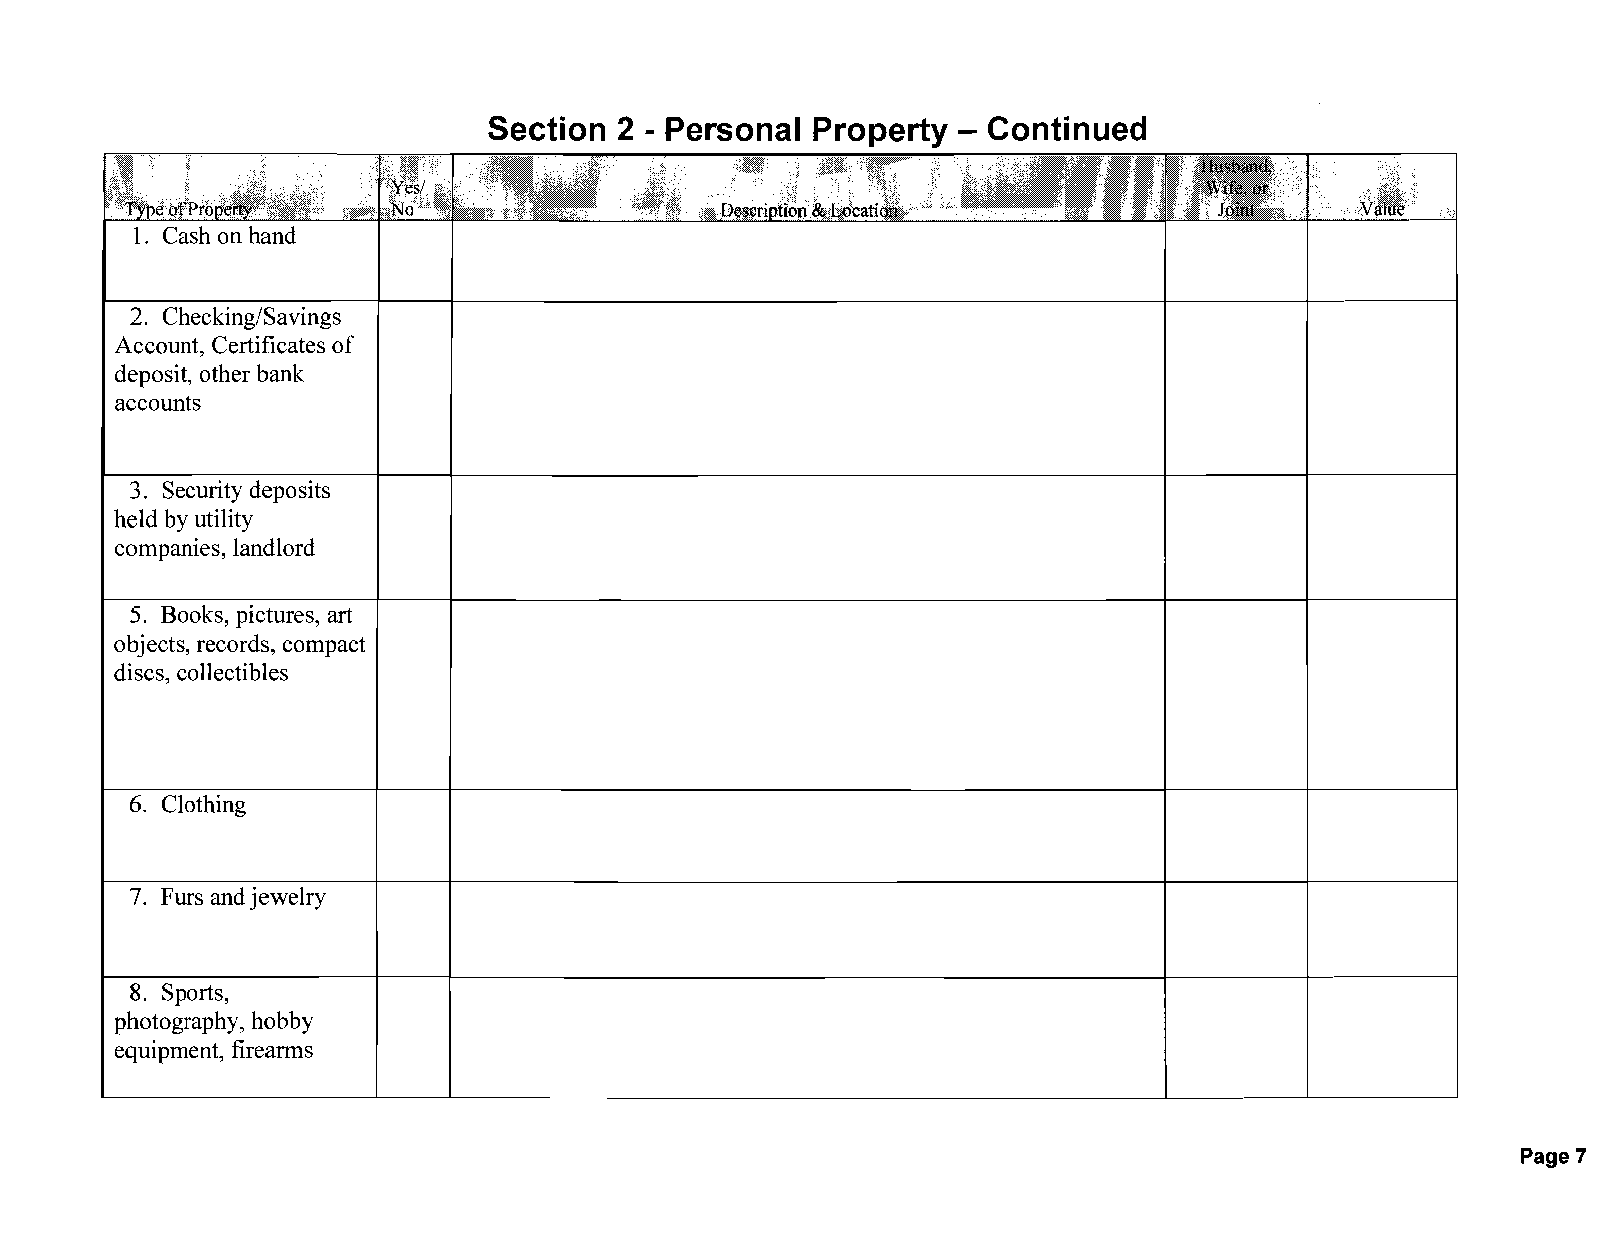
Section  2 - Personal Property - Continued
 1. Cash on hand
 2. Checking/Savings
 Account, Certificates of
 deposit, other bank
 accounts
 3. Security deposits
 held by utility
 companies, landlord
 5. Books, pictures, art
 objects, records, compact
 discs, collectibles
 6. Clothing
 7. Furs and jewelry
 8. Sports,
 photography, hobby
 equipment, firearms
 Page 7